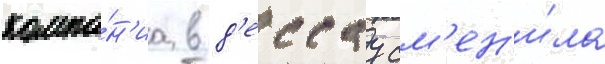
компа́н'иа в д'ессау см'ен'и́ла